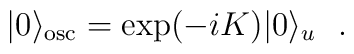
| 0 \rangle_{\rm osc} = \exp(-iK) |0 \rangle_{u}\ \ .